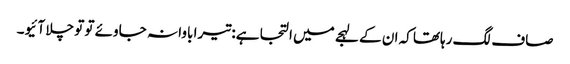
صاف لگ رہاتھا کہ ان کے لہجے میں التجا ہے: تیرا باوا نہ جاوئے تو تو چلا آئیو۔